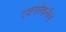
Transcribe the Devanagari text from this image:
एक्सोकर्नल